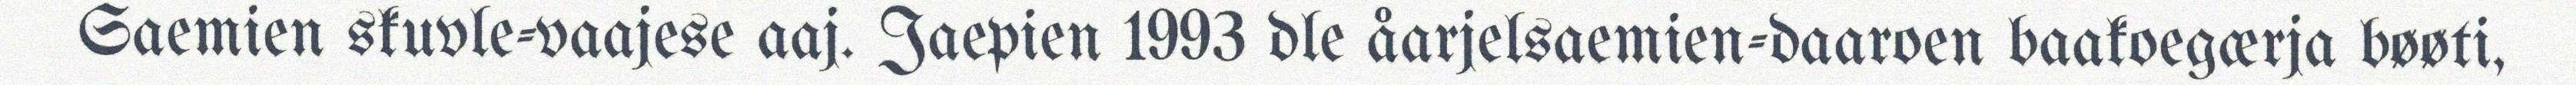
Saemien skuvle-vaajese aaj. Jaepien 1993 dle åarjelsaemien-daaroen baakoegærja bøøti,